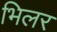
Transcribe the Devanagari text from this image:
भिलर